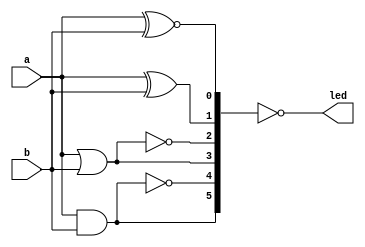
//********************************************************
//
//   Copyright(c)2016, STEP FPGA 
//   All rights reserved
//
//   Module name     :   gates

//   Data            :   2016/08/19

//   Version         :   V1.0
//   Description     :   2 inputs and 6 logic gates
//
//   Modification history
//   ----------------------------------------------------------------------------
// Version       Data(2016/08/19)   V1.0
// Description    
//
//********************************************************
//
//
//*******************
//DEFINE MODULE PORT
//*******************

module gates
(
	//INPUT
	a			,
	b			,
	
	//OUTPUT
	led			
);
	//*******************
	//DEFINE INPUT
	//*******************
	input 	a,b;     
	
	//*******************
	//DEFINE OUTPUT
	//*******************
	output  [5:0]	led;
	
	wire	[5:0]	z;
	
	//Combinational logic style
	assign	z[5]=a&b;				//AND	
	assign	z[4]=~(a&b);			//NAND
	assign	z[3]=a|b;				//OR
	assign	z[2]=~(a|b);			//NOR
	assign	z[1]=a^b;				//XOR
	assign	z[0]=a~^b;				//XNOR
	
	assign	led=~z;        		//led is low active
	
endmodule